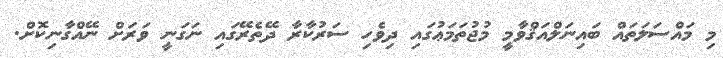
މި މައްސަލަތައް ބައިނަލްއަޤްވާމީ މުޖުތަމަޢުގައި ދިވެހި ސަރުކާރާ ދޭތެރޭގައި ނަގަނީ ވަރަށް ނޭއްގާނިކޮށް.